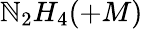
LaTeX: \mathbb{N}_{2}H_{4}(+M)